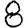
Digit: 8